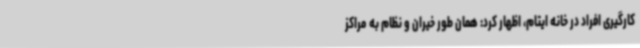
کارگیری افراد در خانه ایتام، اظهار کرد: همان طور خیران و نظام به مراکز